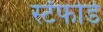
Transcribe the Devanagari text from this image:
स्टँफोर्ड